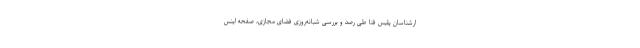
ارشناسان پلیس فتا طی رصد و بررسی شبانه‌روزی فضای مجازی، صفحه اینس